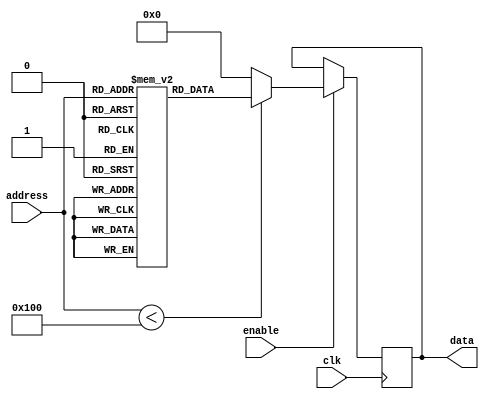
module Parameterized_ROM #(
    parameter ADDR_WIDTH = 8,  // Address width
    parameter DATA_WIDTH = 16,  // Data width
    parameter MEM_SIZE = 1 << ADDR_WIDTH  // Size of the memory (2^ADDR_WIDTH)
)(
    input wire [ADDR_WIDTH-1:0] address,  // Address input
    input wire clk,                        // Clock input
    input wire enable,                     // Enable input
    output reg [DATA_WIDTH-1:0] data      // Data output
);

// Internal memory array
reg [DATA_WIDTH-1:0] memory [0:MEM_SIZE-1];

// Initialize the memory with predefined values
initial begin
    // Example initialization (you can replace these values as needed)
    memory[0] = 16'h0001;
    memory[1] = 16'h0002;
    memory[2] = 16'h0003;
    memory[3] = 16'h0004;
    // Add more initial values as needed, up to MEM_SIZE
end

// Read operation
always @(posedge clk) begin
    if (enable) begin
        if (address < MEM_SIZE) begin
            data <= memory[address];  // Read from memory
        end else begin
            data <= {DATA_WIDTH{1'b0}}; // Default value for out-of-range address
        end
    end
end

endmodule